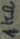
Text: 1KΩ